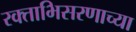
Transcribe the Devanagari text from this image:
रक्ताभिसरणाच्या